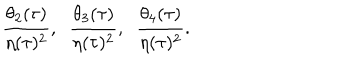
LaTeX: \frac { \theta _ { 2 } ( \tau ) } { \eta ( \tau ) ^ { 2 } } , \; \; \frac { \theta _ { 3 } ( \tau ) } { \eta ( \tau ) ^ { 2 } } , \; \; \frac { \theta _ { 4 } ( \tau ) } { \eta ( \tau ) ^ { 2 } } .